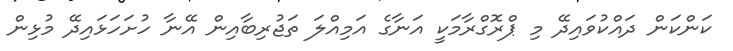
ކަންކަން ދައްކުވައިދޭ މި ޕްރޮގްރާމަކީ އަނާގެ އަމިއްލަ ތަޖުރިބާއިން އޭނާ ހުށަހަޅައިދޭ މުޅިން